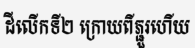
ដីលើកទី២ ក្រោយពីភ្ជួរហើយ